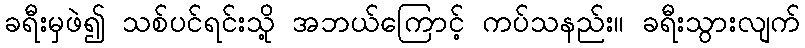
ခရီးမှဖဲ၍ သစ်ပင်ရင်းသို့ အဘယ်ကြောင့် ကပ်သနည်း။ ခရီးသွားလျက်